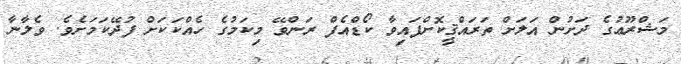
މަޝްރޫޢުގެ ދަށުން އަލަށް ތަރައްޤީކޮށްފައިވާ ކޯޑްއެފް ރަންވޭ މިކަމުގެ ހެއްކަކަށް ފުދޭކަމަށެވެ. ވެލާނާ